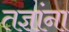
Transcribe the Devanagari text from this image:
तज्ञांना